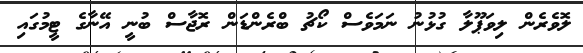
ލޮވެރެން ލިވަޕޫލާ ގުޅުނު ނަމަވެސް ކޯޗު ބްރެންޑަން ރޮޖާސް ބުނީ އޭނާގެ ޓީމުގައި